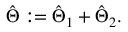
\begin{array} { r } { \hat { \Theta } : = \hat { \Theta } _ { 1 } + \hat { \Theta } _ { 2 } . } \end{array}